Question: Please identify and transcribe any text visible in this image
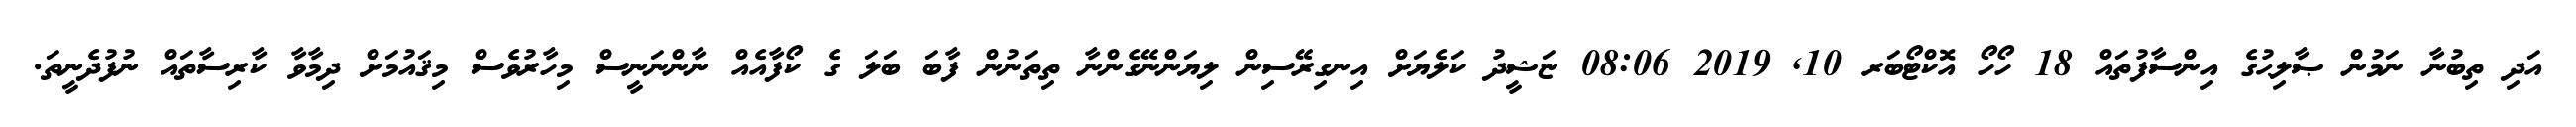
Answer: އަދި ތިބުނާ ނަމުން ޞާލިޙުގެ އިންސާފުތައް 18 ހޯހޯ އޮކްޓޯބަރ 10, 2019 08:06 ޏަޝީދު ކަލެޔަށް އިނގިރޭސިން ލިޔަންނޭގެންނާ ތިތަނުން ފާބަ ބަލަ ގެ ކޯފާއެއް ނާންނަނީސް މިހާރުވެސް މިޤައުމަށް ދިމާވާ ކާރިސާތައް ނުފުދެނީތަ.